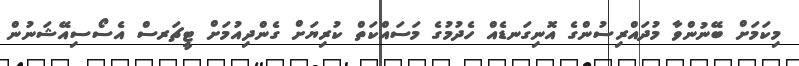
މިކަމަށް ބޭނުންވާ މުދައްރިސުންގެ އޮނިގަނޑެއް ހެދުމުގެ މަސައްކަތް ކުރިޔަށް ގެންދިއުމަށް ޓީޗަރސް އެސޯސިއޭޝަނުން